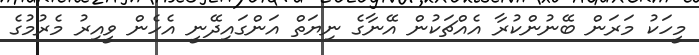
މީހަކު މަރަން ބޭނުންކުރާ އެއްޗަކުން އޭނާގެ ނިޔަތް އަންގައިދޭނީ އެހެން ވީއިރު މެރުމުގެ